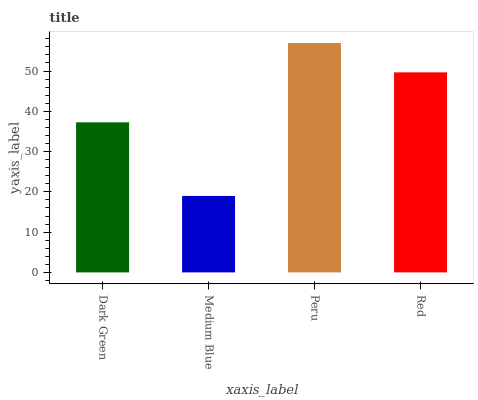
| xaxis_label | bars |
 | --- | --- |
 | Dark Green | 37.3 |
 | Medium Blue | 19 |
 | Peru | 57 |
 | Red | 49.7 |